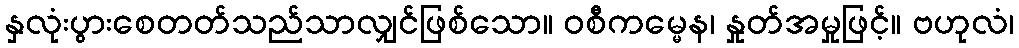
နှလုံးပွားစေတတ်သည်သာလျှင်ဖြစ်သော။ ဝစီကမ္မေန၊ နှုတ်အမှုဖြင့်။ ဗဟုလံ၊